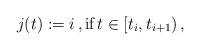
LaTeX: \begin{align*} j(t) := i\,, \mbox{if}\, t \in [t_{i}, t_{i+1})\,, \end{align*}